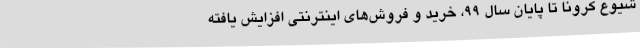
شیوع کرونا تا پایان سال ۹۹، خرید و فروش‌های اینترنتی افزایش یافته